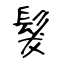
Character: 髮